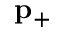
\mathbf { p } _ { + }